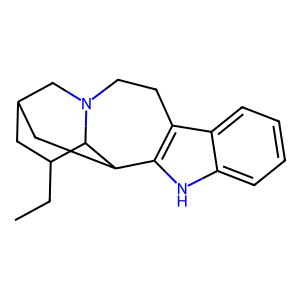
SMILES: CCC1CC2CC3c4[nH]c5ccccc5c4CCN(C2)C13
Inhibits HIV replication: No